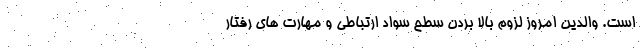
است. والدین امروز لزوم بالا بردن سطح سواد ارتباطی و مهارت های رفتار